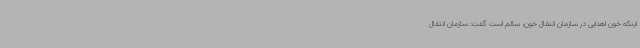
اینکه خون اهدایی در سازمان انتقال خون، سالم است گفت: سازمان انتقال